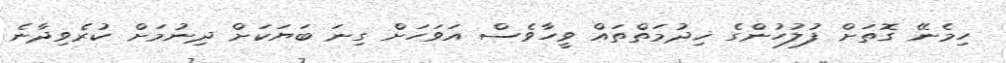
ހިމެނޭ ގޮތަށް ފުލުހުންގެ ޚިދުމަތްތައް ވީހާވެސް އަވަހަށް ގިނަ ބަޔަކަށް ދިނުމަށް ކުރެވިދާނެ